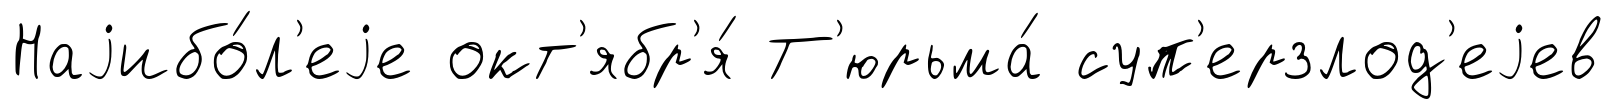
Наjибо́л'еjе окт'ябр'я́ Т'юрьма́ суп'ерзлод'еjев